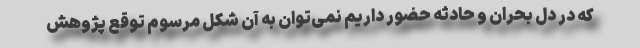
که در دل بحران و حادثه حضور داریم نمی‌توان به آن شکل مرسوم توقع پژوهش